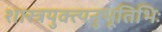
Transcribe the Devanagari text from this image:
शास्त्रयुक्त्यनुभूतिभिः